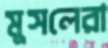
মুসলেরা